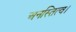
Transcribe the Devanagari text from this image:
अनस्तित्व।